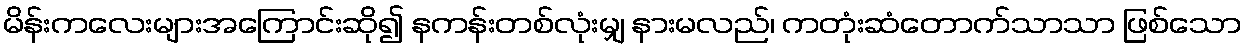
မိန်းကလေးများအကြောင်းဆို၍ နကန်းတစ်လုံးမျှ နားမလည်၊ ကတုံးဆံတောက်သာသာ ဖြစ်သော